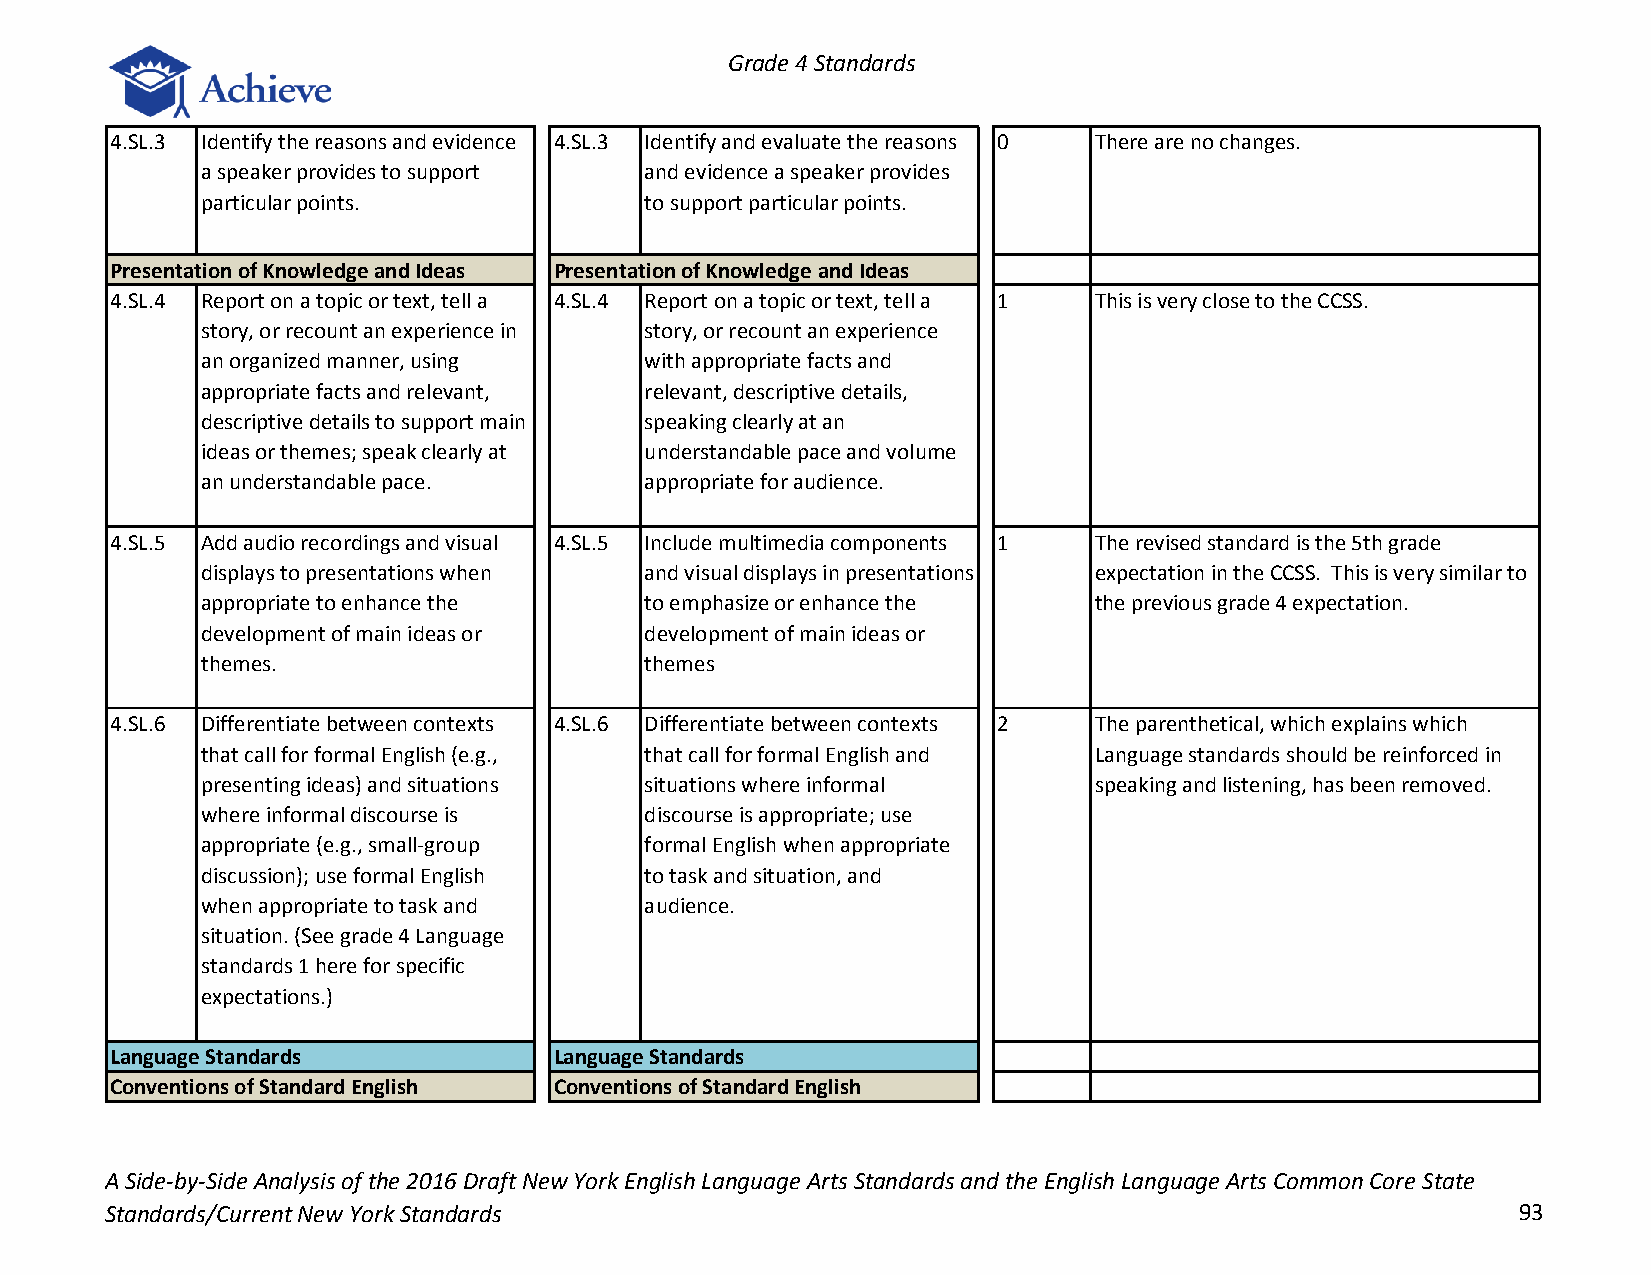
Grade 4 Standards
 4.SL.3 Identify the reasons and evidence 4.SL.3 Identify and evaluate the reasons 0 There are no changes.
 a speaker provides to support and evidence a speaker provides
 particular points.            to support particular points.
 Presentation of Knowledge and Ideas Presentation of Knowledge and Ideas
 4.SL.4 Report on a topic or text, tell a 4.SL.4 Report on a topic or text, tell a 1 This is very close to the CCSS.
 story, or recount an experience in story, or recount an experience
 an organized manner, using    with appropriate facts and
 appropriate facts and relevant, relevant, descriptive details,
 descriptive details to support main speaking clearly at an
 ideas or themes; speak clearly at understandable pace and volume
 an understandable pace.       appropriate for audience.
 4.SL.5 Add audio recordings and visual 4.SL.5 Include multimedia components 1 The revised standard is the 5th grade
 displays to presentations when and visual displays in presentations expectation in the CCSS. This is very similar to
 appropriate to enhance the    to emphasize or enhance the  the previous grade 4 expectation.
 development of main ideas or  development of main ideas or
 themes.                       themes
 4.SL.6 Differentiate between contexts 4.SL.6 Differentiate between contexts 2 The parenthetical, which explains which
 that call for formal English (e.g., that call for formal English and Language standards should be reinforced in
 presenting ideas) and situations situations where informal speaking and listening, has been removed.
 where informal discourse is   discourse is appropriate; use
 appropriate (e.g., small-group formal English when appropriate
 discussion); use formal English to task and situation, and
 when appropriate to task and  audience.
 situation. (See grade 4 Language
 standards 1 here for specific
 expectations.)
 Language Standards            Language Standards
 Conventions of Standard English Conventions of Standard English
 A Side-by-Side Analysis of the 2016 Draft New York English Language Arts Standards and the English Language Arts Common Core State
 Standards/Current New York Standards                                                         93